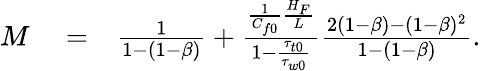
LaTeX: \begin{array}{rlr}{M}&{{}=}&{\frac{1}{1-(1-\beta)}+\frac{\frac{1}{C_{f0}}\frac{H_{F}}{L}}{1-\frac{\tau_{t0}}{\tau_{w0}}}\frac{2(1-\beta)-(1-\beta)^{2}}{1-(1-\beta)}.}\end{array}